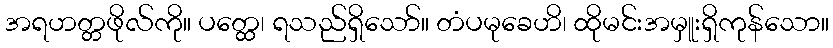
အရဟတ္တဖိုလ်ကို။ ပတ္ထေ၊ ရသည်ရှိသော်။ တံပမုခေဟိ၊ ထိုမင်းအမှူးရှိကုန်သော။